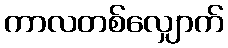
ကာလတစ်လျှောက်